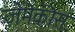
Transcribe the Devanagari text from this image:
ज़ेमेकीस